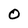
Character: O